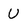
Character: U